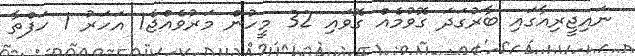
ނައިޖީރިއާގައި ބާރުގަދަ ގޮވުމެއް ގޮވައި 32 މީހުން މަރުވެއްޖެ1 އަހަރު 1 ހަފްތާ